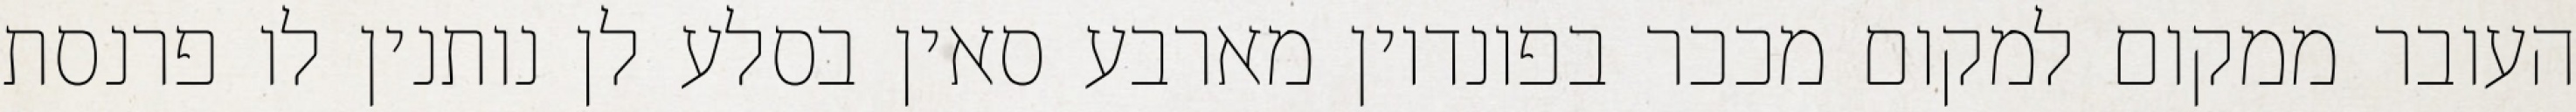
העובר ממקום למקום מככר בפונדיון מארבע סאין בסלע לן נותנין לו פרנסת